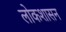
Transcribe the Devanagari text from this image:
लोकशासन